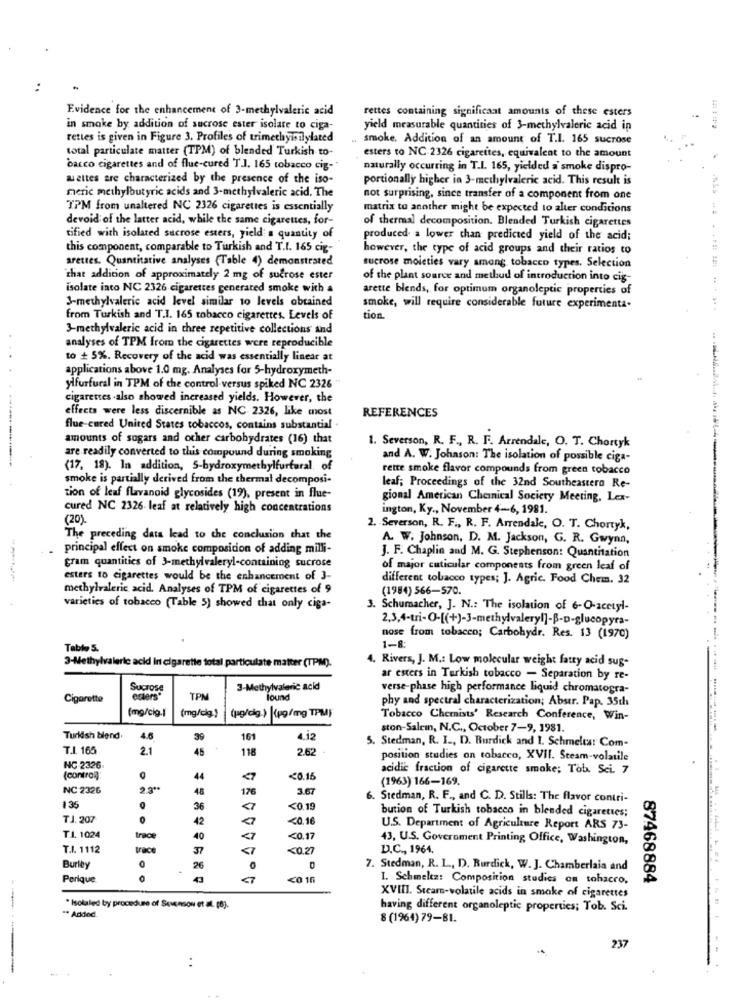
Evidence for the enhancement of 3-methylvaleric acid
rettes containing significaat amounts of these esters
in smoke by addition of sucrose ester isolate to ciga-
yield measurable quantities of 3-methylvalerie acid in
rettes is given in Figure 3. Profiles of trimethyisilylated
smoke. Addition of an amount of T.I. 165 sucrose
total particulate matter (TPM) of blended Turkish to-
esters to NC 2326 cigarettes, equivalent to the amount
bacco cigarettes and of flue-cured T.J. 165 tobacco cig-"
naturally occurring in T.I. 165, yielded a smoke dispro-
Mettes are characterized by the presence of the iso-
portionally higher in 3-methylvaleric acid. This result is
meric methylbutyric acids and 3-methylvaleric acid. The
not surprising, since transfer of a component from one
TPM from unaltered NC 2326 cigarettes is essentially
matrix to another might be expected to alter conditions
devoid of the latter acid, while the same cigarettes, for-
of thermal decomposition. Blended Turkish cigarettes
tified with isolated sucrose esters, yield a quantity of
produced a lower chan predicted yield of the acid;
this component, comparable to Turkish and T.I. 165 cig-
however, the type of acid groups and their ratios to
arettes. Quantitative analyses (Table 4) demonstrated
sucrose moicties vary among, tobacco types, Selection
that addition of approximately 2 mg of sucrose ester
of the plant source and methud of introduction into cig-
isolate into NC 2326 cigarettes generated smoke with a
arette blends, for optimum organoleptic properties of
3-methylvaleric acid level similar to levels obtained
smoke, will require considerable future experimenta.
from Turkish and T.I. 165 tobacco cigarettes. Levels of
tion
3-methylvaleric acid in three repetitive collections and
analyses of TPM from the cigarettes were reproducible
to + 5%. Recovery of the acid was essentially linear at
applications above 1.0 mg. Analyses for 5-hydroxymeth-
ylfurfural in TPM of the control versus spiked NC 2326
cigarettes -also showed increased yields. However, the
effects were less discernible as NC 2326, like most
REFERENCES
flue-cured United States tobaccos, contains substantial
amounts of sugars and other carbohydrates (16) that
1. Severson, R. F ., R. F. Arrendale, O. T. Chortyk
are readily converted to this compound during smoking
and A. W. Johnson: The isolation of possible ciga-
(17, 18). In addition, 5-hydroxymethylfurfural, of
rette smoke flavor compounds from green tobacco
smoke is partially derived from the thermal decomposi-
leaf; Proceedings of the 32nd Southeastera Re-
tion of leaf flavanoid glycosides (19), present in flue-
gional American Chemical Society Meeting, Lex-
cured NC 2326 leaf at relatively high concentrations
ington, Ky ., November 4-6, 1981.
(20).
2. Severson, R. F ., R. F. Arrendale, O. T. Chortyk,
The preceding data lead to the conclusion that the
A. W. Johnson, D. M. Jackson, G. R. Gwynn,
principal effect on smoke composition of adding milli-
J. F. Chaplin and M. G. Stephenson: Quantitation
gram quantities of 3-methylvaleryl-containing sucrose
of major cuticular components from green leaf of
esters to cigarettes would be the enhancement of 3-
different tobacco types; J. Agric. Food Chem. 32
methylvaleric acid. Analyses of TPM of cigarettes of 9
(1984) 566-570.
varieties of tobacco (Table 5) showed that only ciga-
3. Schumacher, J. N .: The isolation of 6-O-acetyl-
2,3,4-tri-O-[(+)-3-methylvaleryl]-ß-D-glucopyra-
nose from tobacco; Carbohydr. Res. 13 (1970)
Table 5.
1-8
4, Rivers, J. M .: Low molecular weight fatty acid sug-
3-Methylvalerie acid In cigarette total particulate matter (TPM).
ar esters in Turkish tobacco - Separation by re-
Sucrose
3-Methylvaleric acid
verse-phase high performance liquid chromatogra-
Cigarette
oslers"
TPM
ioune
phy and spectral characterization; Abstr. Pap. 35th
(mg/cig.]
(mg/cig.)
(pg/dig.) (pg/mg TPM)
Tobacco Chemists' Research Conference, Win-
ston-Salem, N.C ., October 7-9, 1981.
---------
Turkish blend.
4.6
39
161
4.12
T.I. 165
2.1
45
118
2.62
5. Stedman, R. I ., D. Burdick and 1. Schmelta! Com-
position studies on tobacco, XVII. Steam-volatile
NC 2326-
acidic fraction of cigarette smoke; Tab. Sci. 7
(control).
44
<0.15
(1963) 166-169.
NC 2326
2.3 **
48
176
3.67
6. Stedman, R. F ., and C. D. Stills: The flavor contri-
135
36
<0.19
bution of Turkish tobacco in blended cigarettes;
TJ. 207
42
<0.16
U.S. Department of Agriculture Report ARS 73-
TA. 1024
trace
40
<0.17
43, U.S. Government Printing Office, Washington,
T.I. 1112
race
37
<7
<0.27
D.C ., 1964.
Burley
26
7. Stedman, R. L ., D. Burdick, W. J. Chamberlain and
Perlque
<0 16
1. Schmeltz: Composition studies on tobacco,
87468884
XVIII. Steam-volatile acids in smoke of cigarettes
" Isolaled by procedure of Sevenson et al. [8].
having different organoleptic properties; Tob. Sci.
** Added
8(1964) 79-81.
237
-------
..